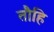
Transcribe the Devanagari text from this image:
तौहि